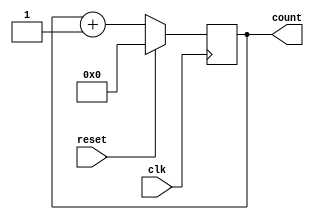
`default_nettype none
`timescale 1ns/1ns
module pwm_counter #(
    parameter WIDTH = 8
    ) (
    input wire clk,
    input wire reset,
    output reg [WIDTH-1:0] count
    );

    //wire clk;
    //wire reset;
    //reg [WIDTH-1:0] count;

    always @(posedge clk) begin
        if(reset)
            count <= 1'b0;
        else
            count <= count + 1'b1;
    end


endmodule